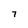
Character: 7